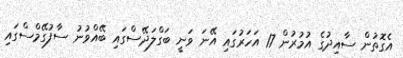
އެގޮތުން ސާއިދުގެ އުމުރުން 17 އަހަރުގައި އޭނަ ވަނީ ބަގްލަދޭސްގައި ބޭއްވުނު ސާފުގޭމްސްގައި